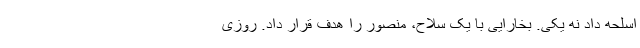
اسلحه داد نه یکی. بخارایی با یک سلاح، منصور را هدف قرار داد. روزی